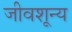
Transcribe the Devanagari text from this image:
जीवशून्य